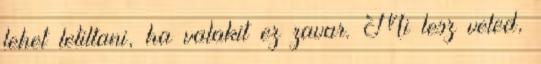
lehet letiltani, ha valakit ez zavar. Mi lesz veled,